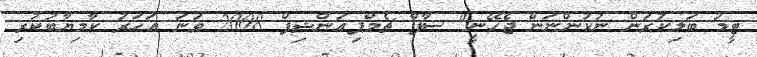
ޓީމު ބަލިކުރަން ނުކުންނަން ޖެހޭނީ" ސާފް ޗެމްޕިއަންޝިޕް 2008 ވަނަ އަހަރު ކާމިޔާބުކުރި